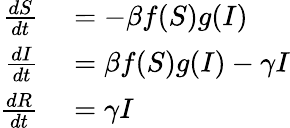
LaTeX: \begin{array}{rl}{\frac{dS}{dt}}&{{}=-\beta f(S)g(I)}\\ {\frac{dI}{dt}}&{{}=\beta f(S)g(I)-\gamma I}\\ {\frac{dR}{dt}}&{{}=\gamma I}\end{array}